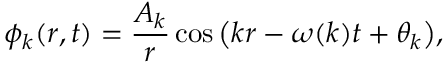
\phi _ { k } ( r , t ) = \frac { A _ { k } } { r } \cos { \left( k r - \omega ( k ) t + \theta _ { k } \right) } ,